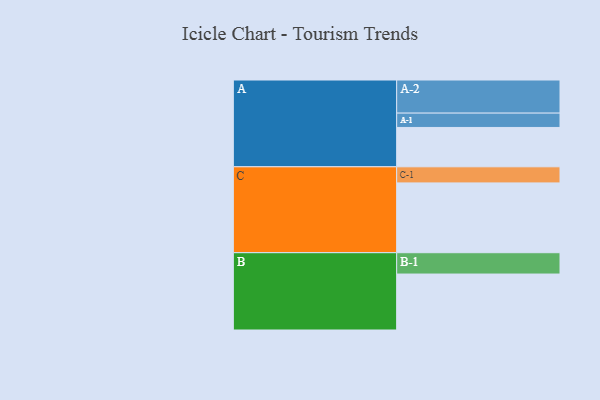
{"axis": {"x": "Segment", "y": "Value"}, "legend": ["", "A", "B", "C"], "data": [{"x": "A", "y": 310, "type": ""}, {"x": "B", "y": 441, "type": ""}, {"x": "C", "y": 550, "type": ""}, {"x": "A-1", "y": 113, "type": "A"}, {"x": "A-2", "y": 261, "type": "A"}, {"x": "B-1", "y": 168, "type": "B"}, {"x": "C-1", "y": 127, "type": "C"}]}